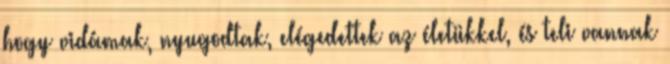
hogy vidámak, nyugodtak, elégedettek az életükkel, és teli vannak